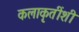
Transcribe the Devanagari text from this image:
कलाकृतींशी